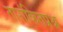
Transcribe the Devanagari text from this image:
तारांकितप्रश्न